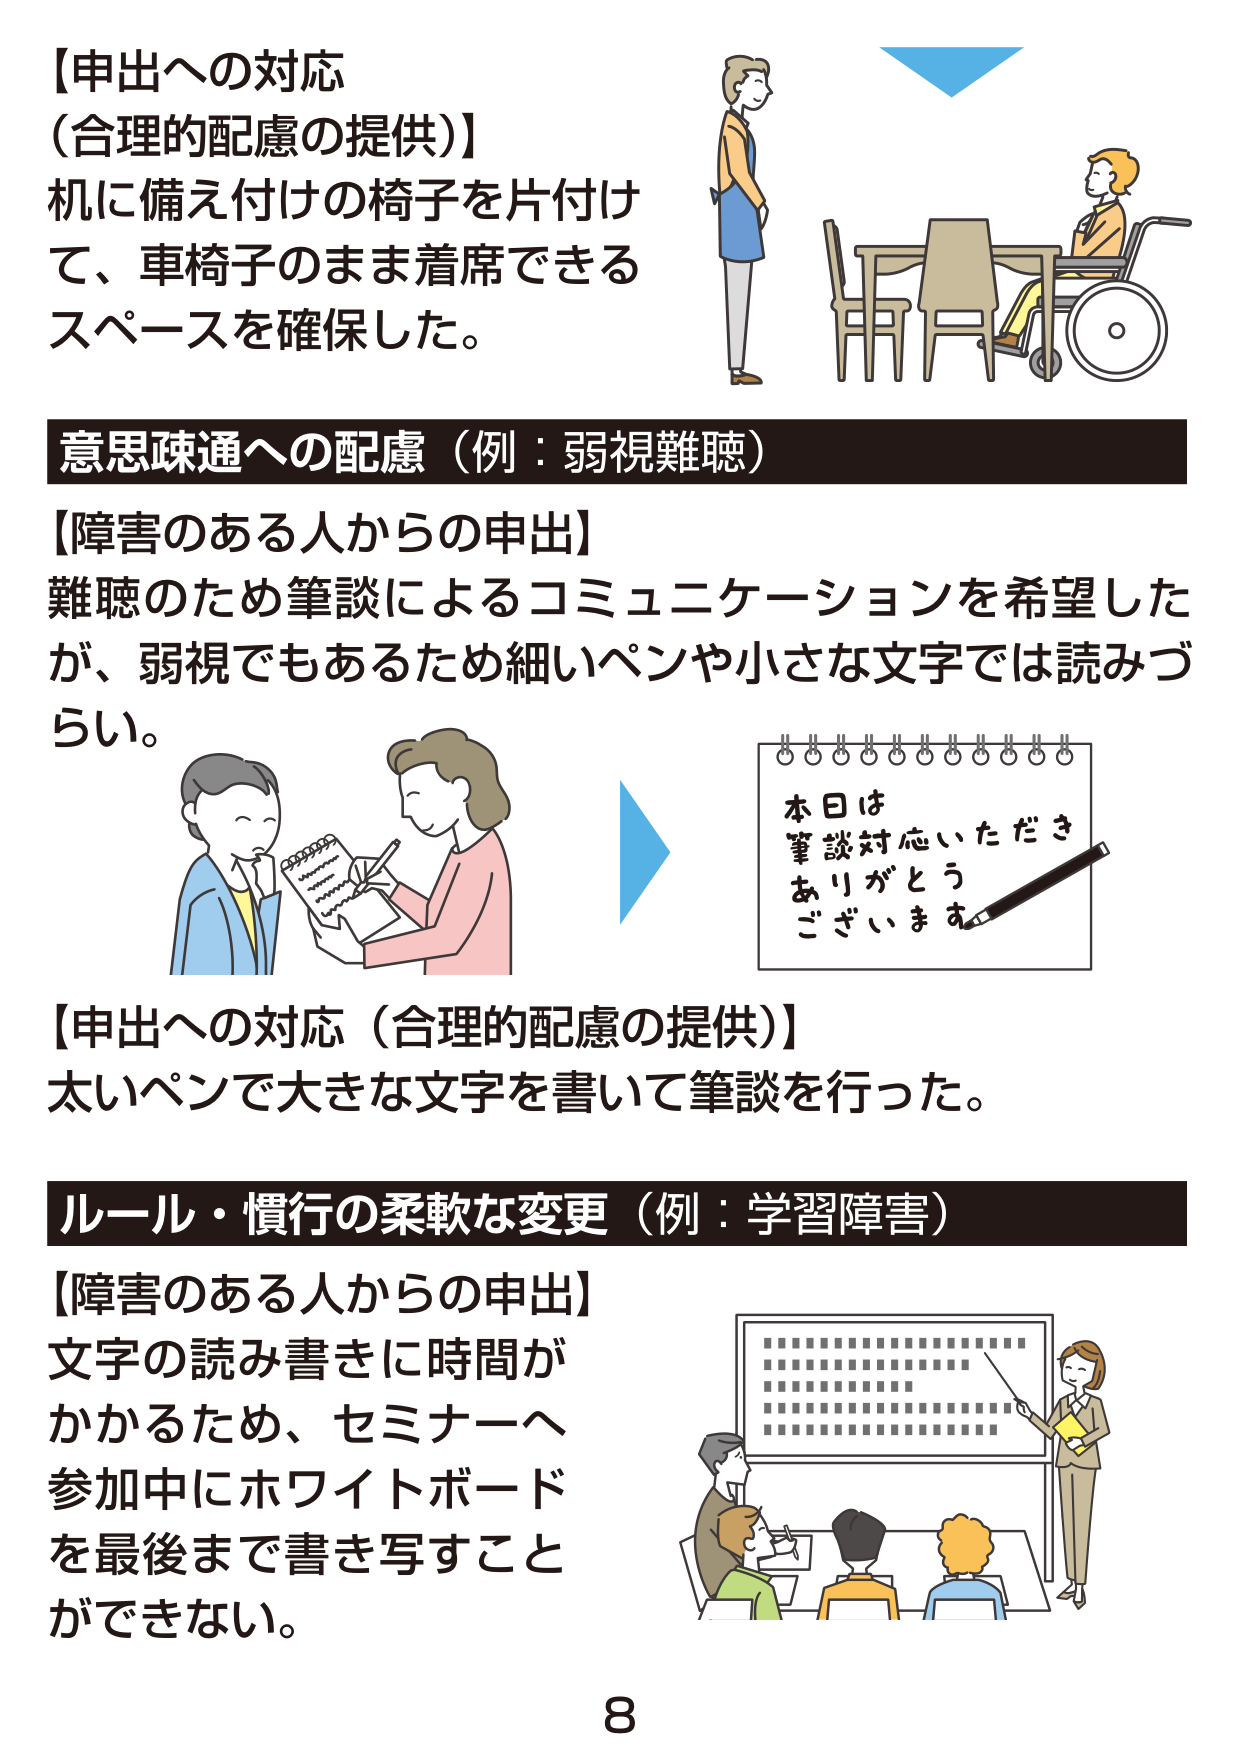
【申出への対応
（合理的配慮の提供）】
机に備え付けの椅子を片付け
て、車椅子のまま着席できる
スペースを確保した。

意思疎通への配慮（例：弱視難聴）
【障害のある人からの申出】
難聴のため筆談によるコミュニケーションを希望した
が、弱視でもあるため細いペンや小さな文字では読みづらい。

【申出への対応（合理的配慮の提供）】
太いペンで大きな文字を書いて筆談を行った。

ルール・慣行の柔軟な変更（例：学習障害）
【障害のある人からの申出】
文字の読み書きに時間が
かかるため、セミナーへ
参加中にホワイトボード
を最後まで書き写すことが
できない。

本日は
筆談対応いただき
ありがとう
ございます

8